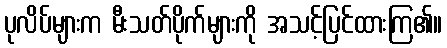
ပုလိပ်များက မီးသတ်ပိုက်များကို အသင့်ပြင်ထားကြ၏။